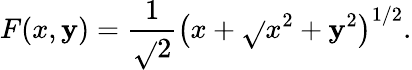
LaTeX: F(x,\mathbf{y})=\frac{1}{{\sqrt{}{{2}}}}\left(x+\sqrt{}{{x^{2}+\mathbf{y}^{2}}}\right)^{1/2}.